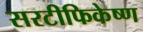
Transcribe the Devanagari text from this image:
सरटीफिकेष्ण